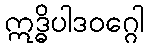
ဣဒ္ဓိပါဒဝဂ္ဂေါ